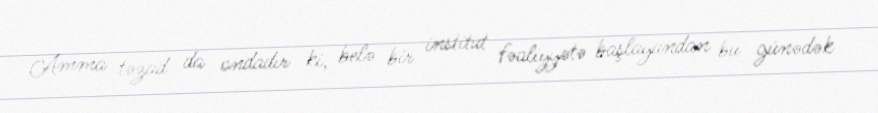
Amma təzad da ondadır ki, belə bir institut fəaliyyətə başlayandan bu günədək